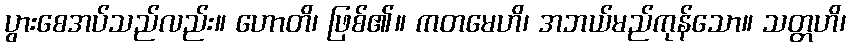
ပွားစေအပ်သည်လည်း။ ဟောတိ၊ ဖြစ်၏။ ကတမေဟိ၊ အဘယ်မည်ကုန်သော။ သတ္တဟိ၊